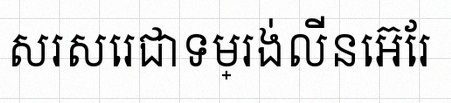
សរសេរជាទម្រង់លីនេអ៊ែរ